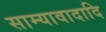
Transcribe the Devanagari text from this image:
साम्यावादादि